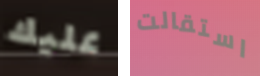
عليك استقالت